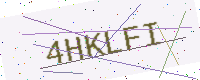
Text: 4HKLFI